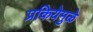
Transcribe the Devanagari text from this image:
प्रकियेमुळे